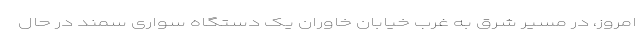
امروز، در مسیر شرق به غرب خیابان خاوران یک دستگاه سواری سمند در حال